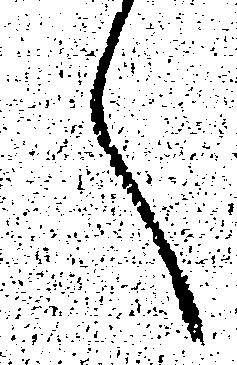
へ